Sanitation, dispensaries and jails vaccination Rajputana 1922-1927 - 1922-1927
Year: 1922
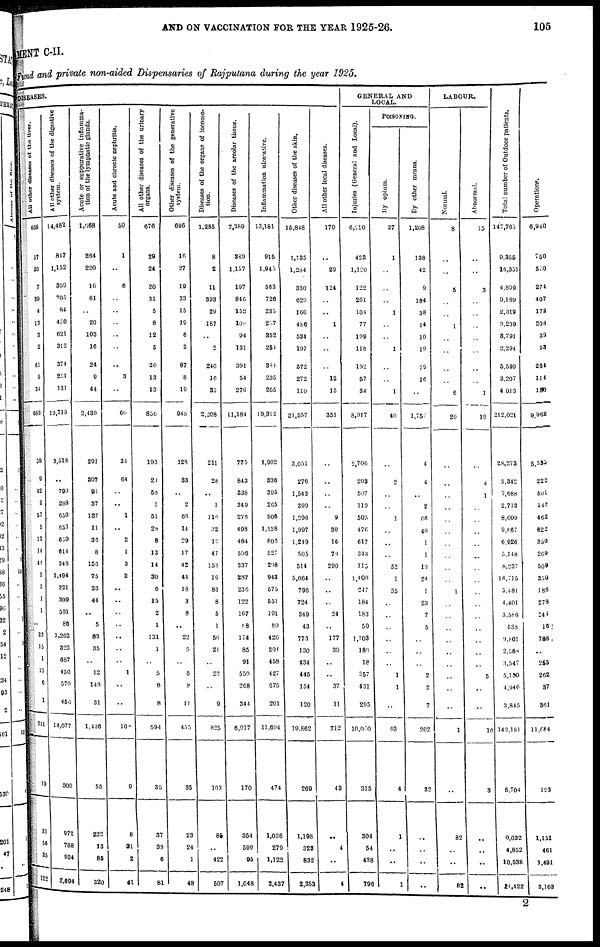
AND ON VACCINATION FOR THE YEAR 1925-26.
105
MENT C-II.
Fund and private non-aided Dispensaries of Rajputana during the year 1925.
DISEASES.
All other diseases of the liver.
468
17
30
7
39
4
13
3
2
61
5
34
683
39
9
42
2
57
5
13
14
44
5
3
1
1
..
23
15
1
10
6
1
311
19
31
56
35
122
All other diseases of the digestive
system.
4,482
847
1,152
309
705
84
450
621
312
374
251
131
l9,713
3,518
..
790
288
650
653
659
614
348
1,494
321
309
591
86
1,262
322
687
450
570
456
14,077
300
972
788
934
2,694
A cute or suppurative inflamma-
tion of the lymphatic glands.
1,668
264
220
10
61
..
20
103
16
24
9
44
2,439
291
307
91
37
137
11
36
8
156
75
26
44
..
5
83
35
..
12
148
31
1,436
55
222
13
85
320
Acute and chronic nephritis.
50
1
..
6
..
..
..
..
..
..
3
..
60
34
64
..
..
1
..
2
1
3
2
..
..
..
..
..
..
..
1
..
..
108
9
8
31
2
41
All other diseases of the urinary
organs.
676
29
24
20
31
5
8
12
5
20
13
13
856
193
21
58
1
51
28
8
13
14
30
6
15
2
1
131
1
..
5
8
8
594
35
37
33
6
81
Other diseases of the generative
system.
696
16
27
19
33
15
19
6
3
87
8
19
948
128
33
..
2
66
14
29
17
42
44
18
3
8
..
22
5
..
5
8
11
455
35
23
24
1
48
Diseases of the organs of locomo-
tion.
1,285
8
2
11
393
29
187
..
2
240
16
35
2,208
211
28
..
1
116
32
12
47
153
16
83
8
5
1
56
21
..
23
..
9
825
103
86
. .
422
507
Diseases of the areolar tissue.
7,389
389
1,157
197
846
152
108
94
131
391
54
276
11,184
775
843
338
349
276
498
484
596
337
287
236
122
167
88
174
85
91
559
268
344
6,917
170
354
599
95
1,048
Inflammation ulcerative.
13,181
915
1,945
563
726
235
237
352
251
381
235
265
19,312
1,902
336
395
265
906
1,528
806
527
208
943
575
551
191
80
426
201
458
427
675
201
11,694
474
1,036
279
1,122
2,437
Other diseases of the skin.
15,848
1,135
1,284
330
620
160
486
534
197
572
272
110
21,557
3,051
276
1,543
399
1,296
1,997
1,249
505
514
5,064
796
724
349
43
773
130
434
445
154
120
19,862
269
1,198
323
832
2,353
All other local diseases.
170
..
29
124
..
..
1
..
..
..
12
15
351
..
..
..
..
9
30
16
79
290
..
..
..
24
..
177
39
..
..
37
11
712
43
..
4
..
4
GENERAL AND
LOCAL.
Injuries (General and Local).
6,210
423
1,120
122
261
104
77
199
118
192
57
34
8,917
2,706
203
507
119
505
476
617
343
115
1,400
247
184
183
50
1,103
185
18
357
431
295
10,000
315
304
54
438
796
POISONING.
By opium.
37
1
..
..
..
1
..
..
1
..
..
1
40
..
2
..
..
1
..
..
..
52
1
35
..
..
..
..
..
..
1
1
..
93
4
1
..
..
1
By other means.
1,208
138
42
9
184
38
14
10
19
79
16
..
1,757
4
4
..
2
66
40
1
1
13
24
1
23
7
5
..
..
..
2
2
7
202
32
..
..
..
..
LABOUR.
Normal.
8
..
..
5
..
..
1
..
..
..
..
6
20
..
..
..
..
..
..
..
..
..
..
1
..
..
..
..
..
..
..
..
..
1
..
82
..
..
82
Abnormal.
15
..
..
3
..
..
..
..
..
..
..
1
19
..
4
1
..
..
..
..
..
..
..
..
..
..
..
..
..
..
5
..
..
10
3
..
..
..
..
Total number of Outdoor patients.
147,765
9,355
16,351
4,899
9,189
2,319
3,239
3,791
2,294
5,599
3,207
4,013
212,021
28,273
5,342
7,688
2,713
8,609
9,667
6,926
5,148
8,237
16,715
5,481
4,401
3,586
638
9,801
2,588
3,547
5,100
4,946
3,845
143,181
5,704
9,032
4,852
10,538
24,422
Operations.
6,940
750
510
274
407
173
208
39
93
264
114
100
9,962
5,535
222
591
147
462
822
350
269
509
350
186
278
244
16
788
..
255
262
37
361
11,084
123
1,151
461
1,491
3,103
2